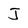
Character: J